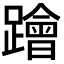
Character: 𨆝